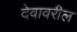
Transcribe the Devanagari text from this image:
देवावरील